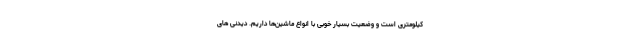
کیلومتری است و وضعیت بسیار خوبی با انواع ماشین‌ها داریم. دیدنی های